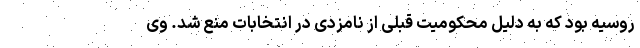
روسیه بود که به دلیل محکومیت قبلی از نامزدی در انتخابات منع شد. وی